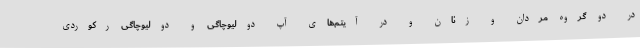
در دو گروه مردان و زنان و در آیتم‌های آپ دولیوچاگی و دولیوچاگی رکوردی